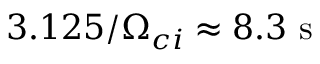
3 . 1 2 5 / \Omega _ { c i } \approx 8 . 3 \mathrm { ~ s ~ }